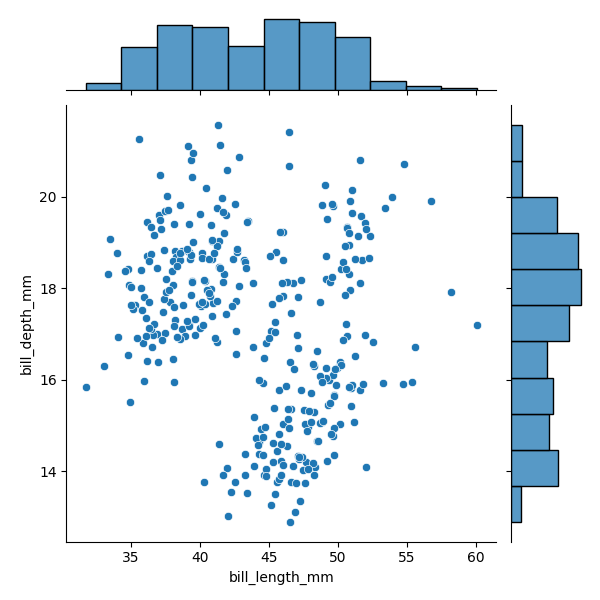
python, seaborn, JointGrid, scatterplot, histplot